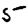
Digit: 5